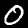
Digit: 0